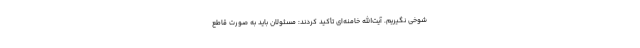
شوخی نگیریم. آیت‌الله خامنه‌ای تأکید کردند: مسئولان باید به صورت قاطع